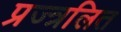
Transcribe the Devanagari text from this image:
प्रज्त्रलित